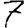
Digit: 7